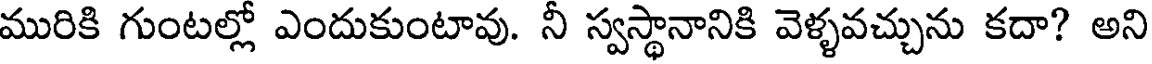
మురికి గుంటల్లో ఎందుకుంటావు. నీ స్వస్థానానికి వెళ్ళవచ్చును కదా? అని